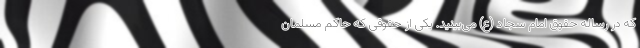
که در رساله حقوق امام سجاد (ع) می‌بینید. یکی از حقوقی که حاکم مسلمان